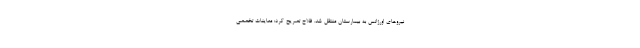
نیروهای اورژانس به بیمارستان منتقل شد. فلاح تصریح کرد: معاینات تخصصی